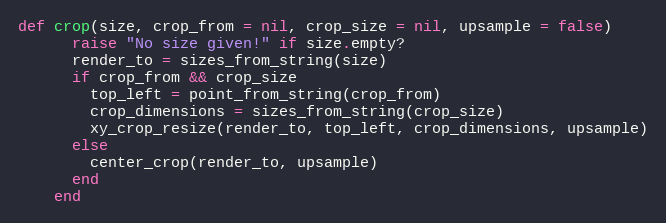
Language: Ruby
def crop(size, crop_from = nil, crop_size = nil, upsample = false)
      raise "No size given!" if size.empty?
      render_to = sizes_from_string(size)
      if crop_from && crop_size
        top_left = point_from_string(crop_from)
        crop_dimensions = sizes_from_string(crop_size)
        xy_crop_resize(render_to, top_left, crop_dimensions, upsample)
      else
        center_crop(render_to, upsample)
      end
    end